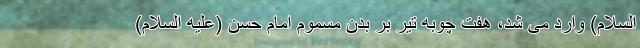
السلام) وارد می شد، هفت چوبه تیر بر بدن مسموم امام حسن (علیه السلام)